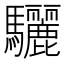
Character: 驪